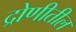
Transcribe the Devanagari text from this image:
द्रोणीतील